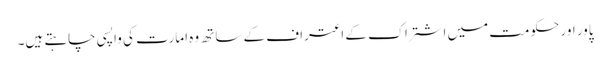
پاور اور حکومت میں اشتراک کے اعتراف کے ساتھ وہ امارت کی واپسی چاہتے ہیں۔